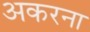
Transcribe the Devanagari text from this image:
अकरना